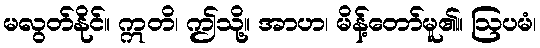
မလွတ်နိုင်။ ဣတိ၊ ဤသို့။ အာဟ၊ မိန့်တော်မူ၏။ ဩပမံ၊